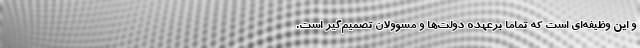
و اين وظيفه‌اي است كه تماما برعهده دولت‌ها و مسوولان تصميم‌گير است.